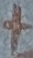
Text: +